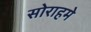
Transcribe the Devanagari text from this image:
सोराहमे